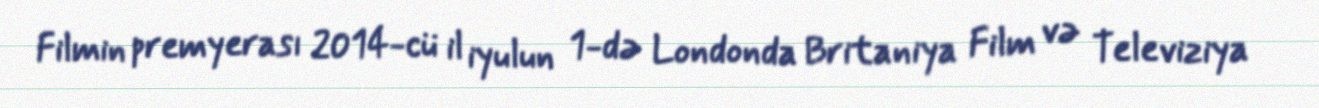
Filmin premyerası 2014-cü il iyulun 1-də Londonda Britaniya Film və Televiziya